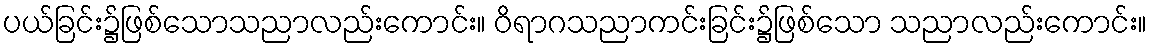
ပယ်ခြင်း၌ဖြစ်သောသညာလည်းကောင်း။ ဝိရာဂသညာကင်းခြင်း၌ဖြစ်သော သညာလည်းကောင်း။